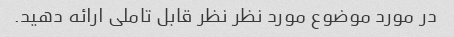
در مورد موضوع مورد نظر نظر قابل تاملی ارائه دهید.